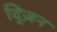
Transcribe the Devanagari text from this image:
द्ज़िन